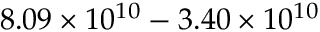
8 . 0 9 \times 1 0 ^ { 1 0 } - 3 . 4 0 \times 1 0 ^ { 1 0 }